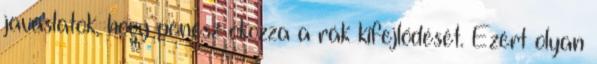
javaslatok, hogy penész okozza a rák kifejlődését. Ezért olyan